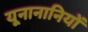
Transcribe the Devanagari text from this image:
यूनानानियों